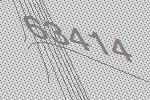
63414